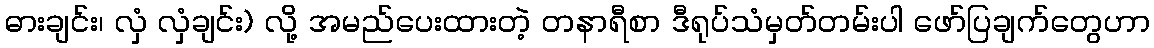
ဓားချင်း၊ လှံ လှံချင်း) လို့ အမည်ပေးထားတဲ့ တနာရီစာ ဒီရုပ်သံမှတ်တမ်းပါ ဖော်ပြချက်တွေဟာ